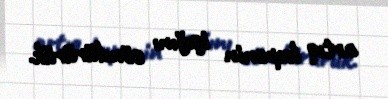
artıq kupenin işığını söndürürük.